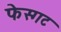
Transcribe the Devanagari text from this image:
फेस्गट